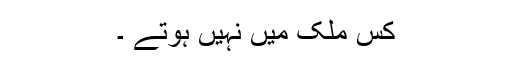
کس ملک میں نہیں ہوتے ۔